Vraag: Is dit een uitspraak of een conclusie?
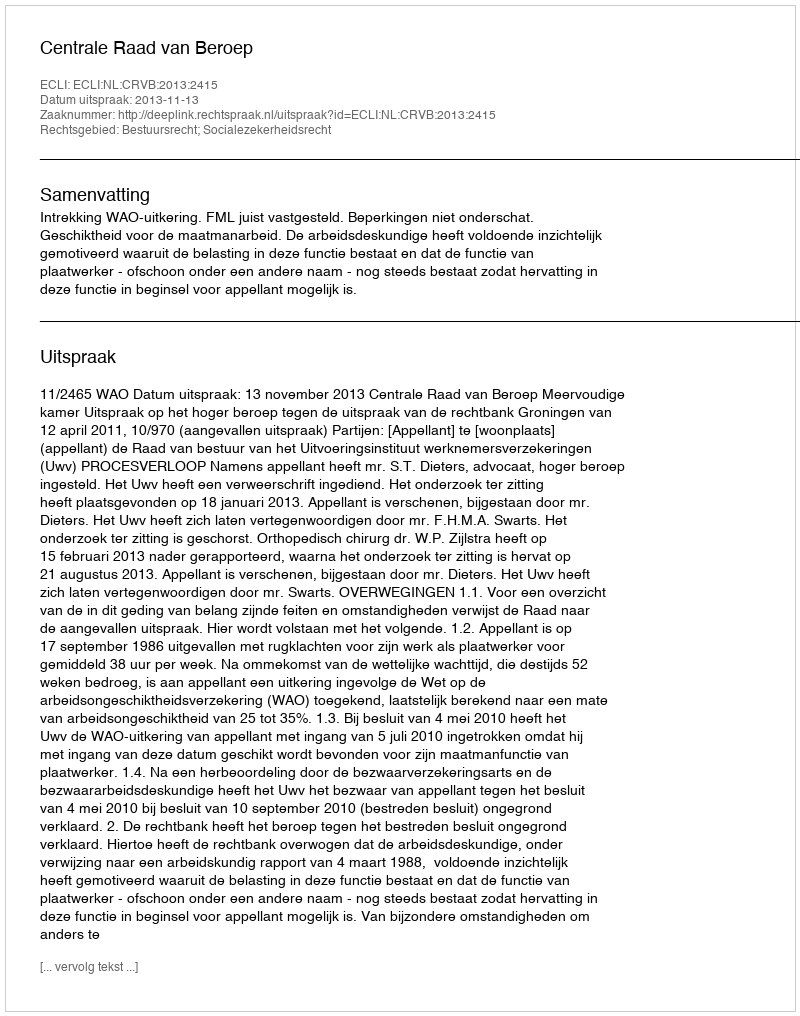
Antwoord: Uitspraak